Indian journal of veterinary science and animal husbandry - Volumes 15-17, 1948-1951
Year: 1948
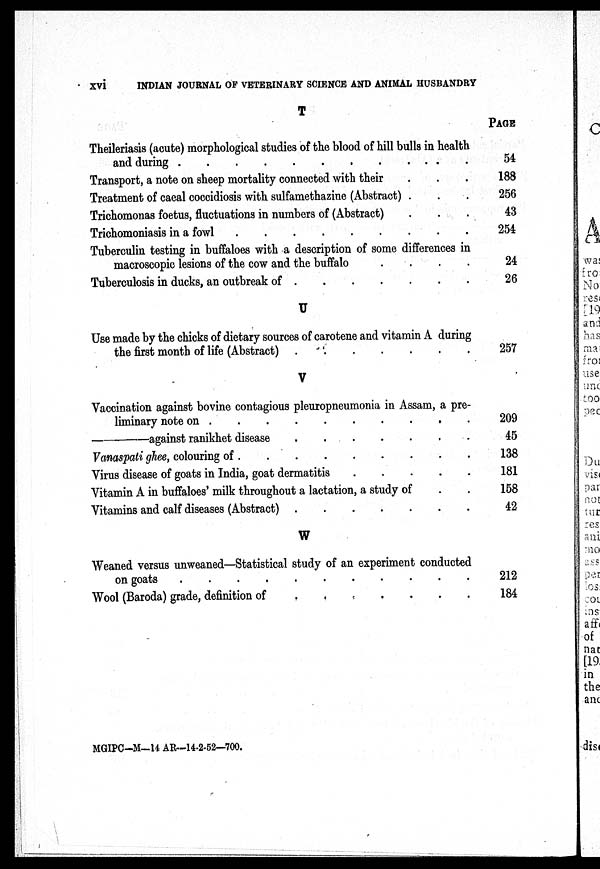
xvi
INDIAN JOURNAL OF VETERINARY SCIENCE AND ANIMAL HUSBANDRY
T
Theileriasis (acute) morphological studies of the blood of hill bulls in health
and during . . . . . . . . . . . . . . . .
Transport, a note on sheep mortality connected with their . . . . . . . .
Treatment of caeal coccidiosis with sulfamethazine (Abstract) . . . .
Trichomonas foetus, fluctuations in numbers of (Abstract) . . .
Trichomoniasis in a fowl . . . . . . . .
Tuberculin testing in buffaloes with a description of some differences in
macroscopic lesions of the cow and the buffalo . . . . . . . .
Tuberculosis in ducks, an outbreak of
.
.
.
.
.
.
.
.
U
Use made by the chicks of dietary sources of carotene and vitamin A during
the first month of life (Abstract)
.
.
.
.
.
.
.
.
V
Vaccination against bovine contagious pleuropneumonia in Assam, a pre-
liminary note on . . . . . . . . . . . . . . . .
—against ranikhet disease
.
.
.
.
.
.
.
.
Vanaspati ghee, colouring of . . . . . . . . . . . . . . . .
Virus disease of goats in India, goat dermatitis . . . . . . . .
Vitamin A in buffaloes' milk throughout a lactation, a study of . .
Vitamins and calf diseases (Abstract)
.
.
.
.
.
.
.
.
W
Weaned versus unweaned—Statistical study of an experiment conducted
on goats . . . . . . . . . . . . . . . .
Wool (Baroda) grade, definition of . . . . . . . . . . . . . .
PAGE
54
188
256
43
254
24
26
257
209
45
138
181
158
42
212
184
MGIPC-M—14 AR—14-2-52—700.